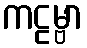
ကဠမ္ဗာ